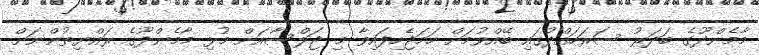
މާމެންދޫގެ ބަދަރު ސަރަހައްދުގައި ބޭއްވުމަށް ހަމަޖެހިފައިވާ މި ޖަލްސާއަށް މުޅި މާމެންދޫގެ ރައްޔިތުންނަށް